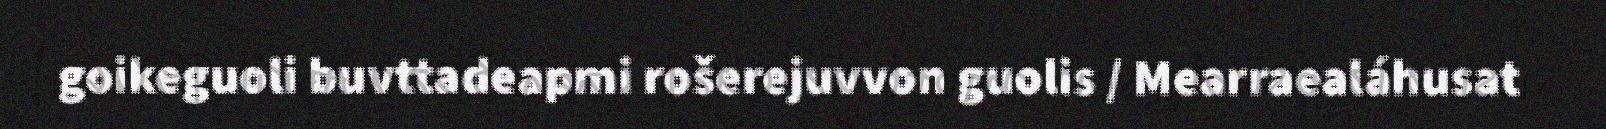
goikeguoli buvttadeapmi rošerejuvvon guolis / Mearraealáhusat